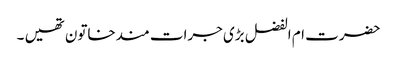
حضرت ام الفضل بڑی جرات مندخاتون تھیں ۔